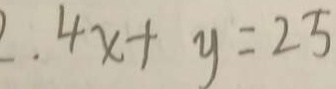
2 . 4 x + y = 2 5